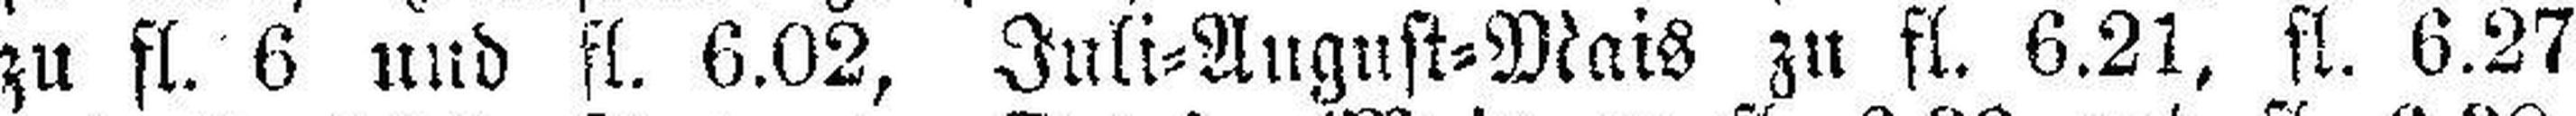
zu fl. 6 und fl. 6.02, Juli=August=Mais zu fl. 6.21, fl. 6.27